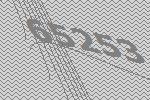
65253